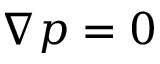
\nabla p = 0